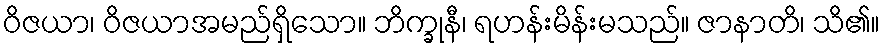
ဝိဇယာ၊ ဝိဇယာအမည်ရှိသော။ ဘိက္ခုနီ၊ ရဟန်းမိန်းမသည်။ ဇာနာတိ၊ သိ၏။